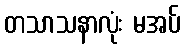
တသာသနာလုံး မအပ်